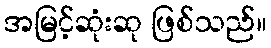
အမြင့်ဆုံးဆု ဖြစ်သည်။